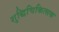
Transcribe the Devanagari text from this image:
शुद्धिचिकित्सक